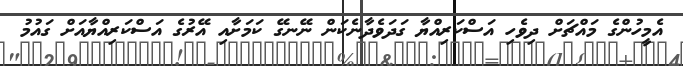
އެމީހުންގެ މައްޗަށް ދިވެހި އަސްކަރިއްޔާ ގަދަވެދާނެކަން ނޭނގޭ ކަމަށާއި އޭރުގެ އަސްކަރިއްޔާއަށް ގައުމު